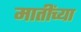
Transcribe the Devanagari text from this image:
मातींच्या